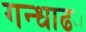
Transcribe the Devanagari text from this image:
गन्धाढ्य